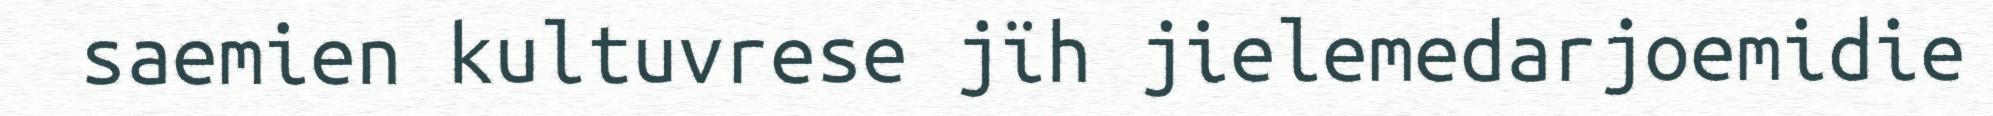
saemien kultuvrese jïh jielemedarjoemidie